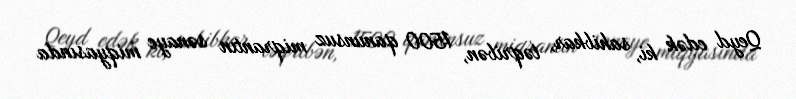
Qeyd edək ki, sahibkar, təqribən, 1500 qanunsuz miqrantın sənaye miqyasında